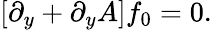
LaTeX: [\partial_{y}+\partial_{y}A]f_{0}=0.